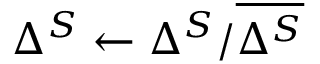
\Delta ^ { S } \leftarrow \Delta ^ { S } / \overline { { \Delta ^ { S } } }